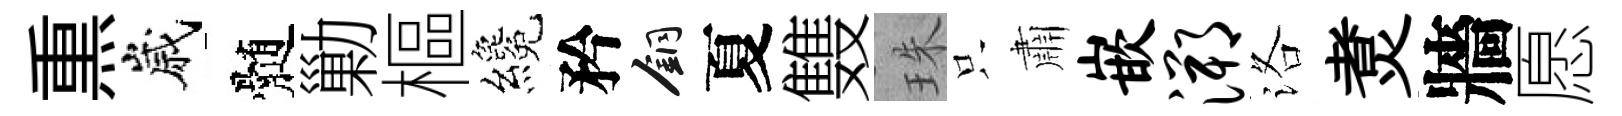
𤋱嵗髄勦樞纔矜銅夏䨇珠只肅嵌溯洛煑牆愿